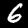
Digit: 6